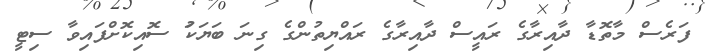
ފަރެސް މާތޮޑާ ދާއިރާގެ ރައީސް ދާއިރާގެ ރައްޔިތުންގެ ގިނަ ބަޔަކަު ސޮއިކޮށްފައިވާ ސިޓީ